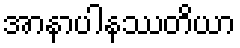
အာနာပါနဿတိယာ